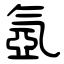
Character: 氬